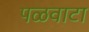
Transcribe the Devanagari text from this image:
पळवाटा